Vaccination in Bombay 1902-1912 - 1902-1912
Year: 1902
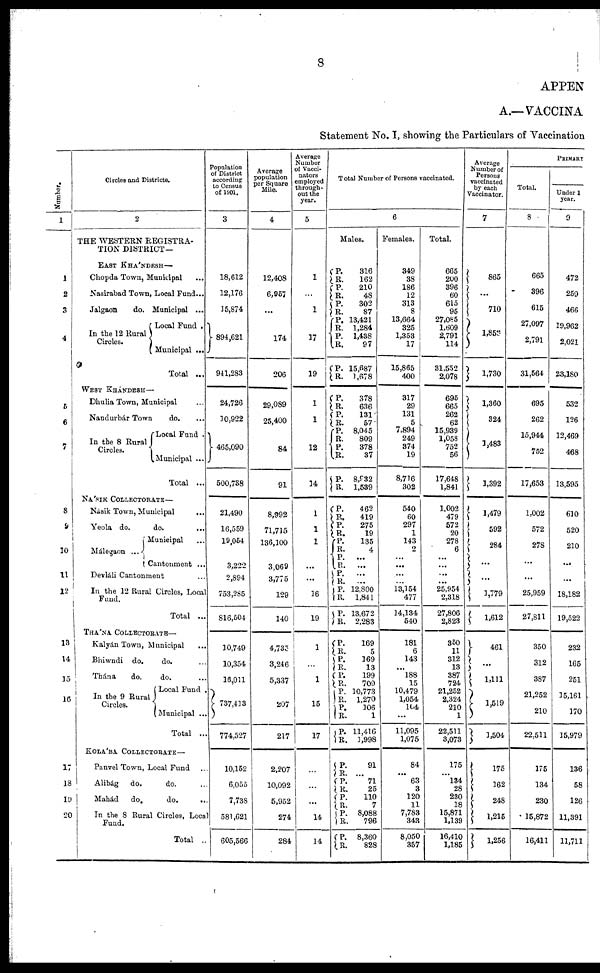
8
APPEN
A.—VACCINA
Statement No. I, showing the Particulars of Vaccination
Number.
1
1
2
3
4
5
6
7
8
9
10
11
12
13
14
15
16
17
18
19
20
Circles and Districts.
2
THE WESTERN REGISTRA-
TION DISTRICT—
EAST KHÁNDESH—
Chopda Town, Municipal ...
Nasirabad Town, Local Fund...
Jalgaon
do. Municipal ...
In the 12 Rural
Circles.
Local Fund .
Municipal ...
Total ...
WEST KHÁNDESH—
Dhulia Town, Municipal ...
Nandurbár Town
do. ...
In the 8 Rural
Circles.
Local Fund .
Municipal ...
Total ...
NÁSIK COLLECTORATE—
Násik Town, Municipal
...
Yeola do.
do. ...
Málegaon
...
Municipal ...
Cantonment ...
Devláli Cantonment ...
In the 12 Rural Circles, Local
Fund.
Total ...
THÁNA COLLECTORATE—
Kalyán Town, Municipal ...
Bhiwndi do.
do. ...
Thána
do.
do. ...
In the 9 Rural
Circles.
Local Fund .
Municipal ...
Total ...
KOLÁBA COLLECTORATE —
Panvel Town, Local Fund ...
Alibág
do.
do. ...
Mahád
do.
do. ...
In the 8 Rural Circles, Local
Fund.
Total ..
Population
of District
according
to Census
of 1901.
3
18,612
12,176
15,874
894,621
941,283
24,726
10,922
465,090
500,738
21,490
16,559
19,054
3,222
2,894
753,285
816,504
10,749
10,354
...
737,413
774,527
10,152
6,055
7,738
581,621
605,566
Average
population
per Square
Mile.
4
12,408
6,957
...
174
206
29,089
25,400
84
91
8,992
71,715
136,100
3,069
3,775
129
140
4,735
3,246
5,337
207
217
2,207
10,092
5,952
274
284
Average
Number
of Vacci-
nators
employed
through-
out the
year.
5
1
...
1
17
19
1
1
12
14
1
1
1
...
...
16
19
1
...
1
15
17
...
...
...
14
14
Total Number of Persons vaccinated.
6
Males.
P.
R.
P.
R.
P.
R.
P.
R.
P. R.
P.
R.
P.
R.
P.
R.
P.
R.
P.
R.
P.
R.
P.
R.
P.
R.
P.
R.
P.
R.
P.
R.
P.
R.
P.
R.
P.
R. P.
R.
P.
R.
P.
R.
P.
R.
P.
R.
P.
R. P.
R.
P.
R.
P.
R.
P.
R.
316
162
210
48
302
87
13,421
1,284
1,438
97
15,687
1,678
378
636
131
57
8,045
809
378
37
8,932
1,539
462
419
275
19
135
4
...
...
...
...
12,800
1,841
13,672
2,283
169
5
169
13
199
709
10,773
1,270
106
1
11,416
1,998
91
...
71
25
110
7
8,088
796
8,360
828
Females.
349
38
186
12
313
8
13,664
325
1,353
17
15,865
400
317
29
131
5
7,894
249
374
19
8,716
302
540
60
297
1
143
2
...
...
...
...
13,154
477
14,134
540
181
6
143
...
188
15
10,479
1,054
104
...
11,095
1,075
84
...
63
3
120
11
7,783
343
8,050
357
Total.
665
200
396
60
615
95
27,085
1,609
2,791
114
31,552
2,078
695
665
262
62
15,939
1,058
752
56
17,648
1,841
1,002
479
572
20
278
6
...
...
...
...
25,954
2,318
27,806
2,823
350
11
312
13
387
724
21,252
2,324
210
1
22,511
3,073
175
...
134
28
230
18
15,871
1,139
16,410
1,185
Average
Number of
Persons
vaccinated
by each
Vaccinator.
7
865
...
710
1,858
1,730
1,360
324
1,483
1,392
1,479
592
284
...
...
1,779
1,612
461
...
1,111
1,519
1,504
175
162
248
1,215
1,256
PRIMARY
Total.
8
665
396
615
27,097
2,791
31,564
695
262
15,944
752
17,653
1,002
572
278
...
...
25,959
27,811
350
312
387
21,252
210
22,511
175
134
230
15,872
16,411
Under 1
year.
9
472
259
466
19,962
2,021
23,180
532
126
12,469
468
13,595
610
520
210
...
...
18,182
19,522
232
165
251
15,161
170
15,979
136
58
126
11,391
11,711